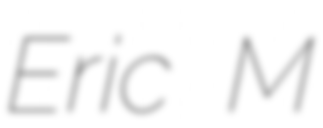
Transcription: Eric M